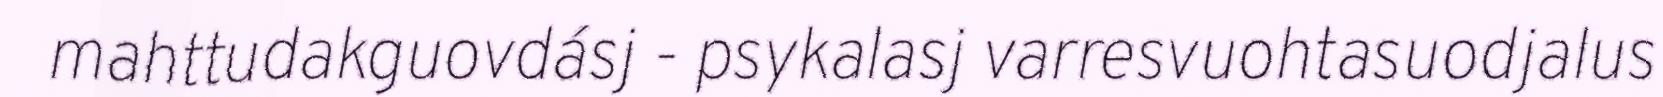
mahttudakguovdásj - psykalasj varresvuohtasuodjalus